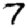
Digit: 7